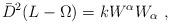
LaTeX: \begin{align*}\bar{D}^2(L-\Omega)= k W^{\alpha}W_{\alpha}\ , \end{align*}